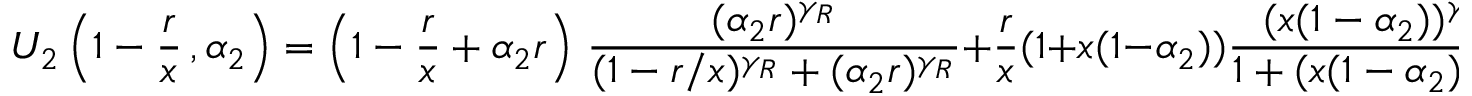
U _ { 2 } \left( 1 - \frac { r } { x } \, , \alpha _ { 2 } \right) = \left( 1 - \frac { r } { x } + \alpha _ { 2 } r \right) \, \frac { ( \alpha _ { 2 } r ) ^ { \gamma _ { R } } } { ( 1 - r / x ) ^ { \gamma _ { R } } + ( \alpha _ { 2 } r ) ^ { \gamma _ { R } } } + \frac { r } { x } ( 1 + x ( 1 - \alpha _ { 2 } ) ) \frac { ( x ( 1 - \alpha _ { 2 } ) ) ^ { \gamma _ { P } } } { 1 + ( x ( 1 - \alpha _ { 2 } ) ) ^ { \gamma _ { P } } } \; .